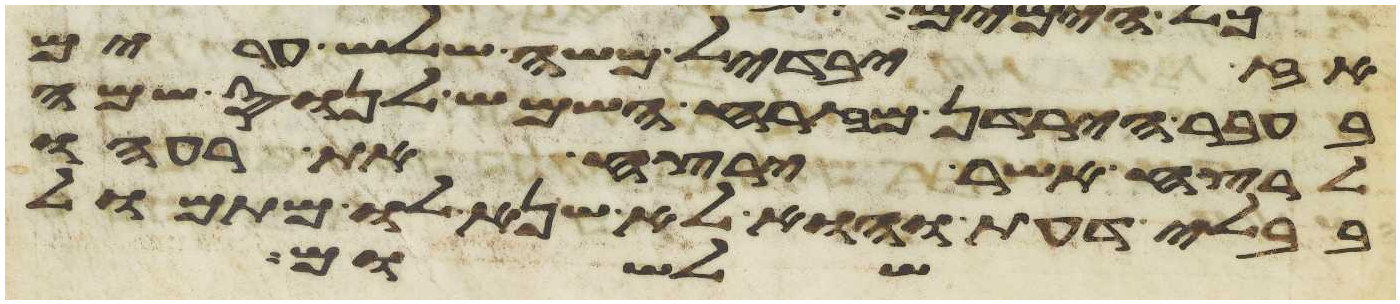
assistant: אז יבדיל משה שלש ערים
בעבר הירדן מזרח השמש לנוס שמה
הרצח אשר ירצח את רעהו
בבלי דעת והוא לא שנא לו מתמול
שלשום